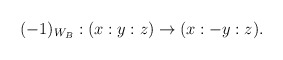
\begin{align*}(-1)_{W_B} : (x:y:z) \to (x:-y:z).\end{align*}